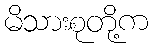
မိသားစုတို့က